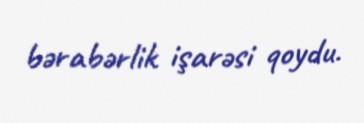
bərabərlik işarəsi qoydu.